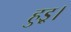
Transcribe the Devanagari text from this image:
हुइ्र।